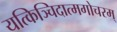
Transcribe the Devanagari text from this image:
यत्किञ्चिदात्मगोचरम्